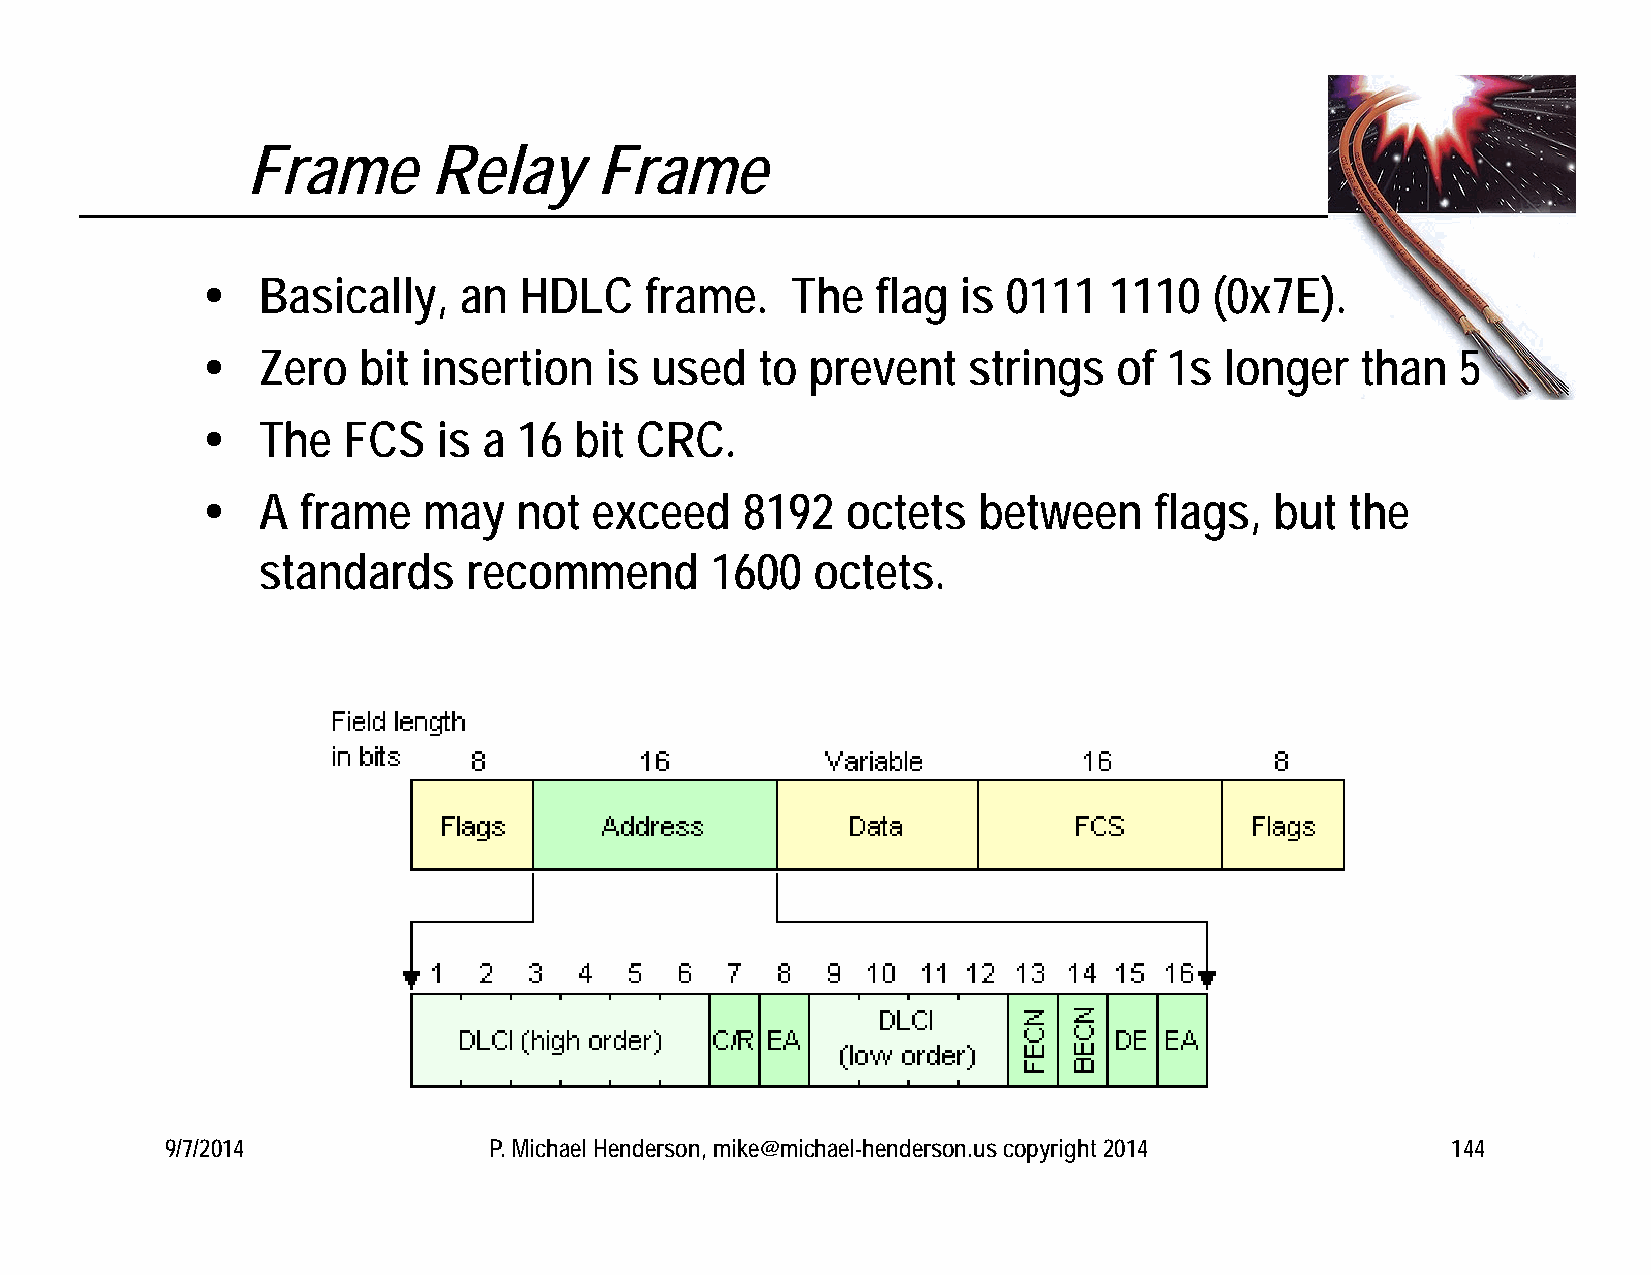
Frame        Relay     Frame
    Basically,   an  HDLC     frame.   The   flag  is 0111  1110   (0x7E).
    Zero   bit insertion   is used   to  prevent   strings   of 1s  longer   than   5
    The   FCS   is a 16  bit CRC.
    A  frame   may   not  exceed    8192   octets   between    flags,  but  the
 standards     recommend       1600   octets.
 9/7/2014             P. Michael Henderson, mike@michael-henderson.us copyright 2014  144